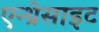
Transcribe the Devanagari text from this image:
एन्थ्रेसाइट